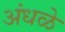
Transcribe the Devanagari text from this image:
अंधळे